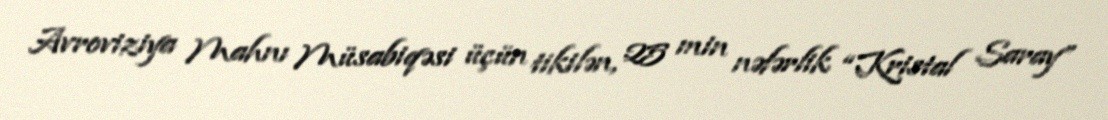
Avroviziya Mahnı Müsabiqəsi üçün tikilən, 25 min nəfərlik “Kristal Saray”